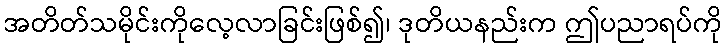
အတိတ်သမိုင်းကိုလေ့လာခြင်းဖြစ်၍၊ ဒုတိယနည်းက ဤပညာရပ်ကို